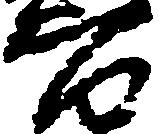
百